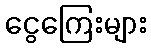
ငွေကြေးများ